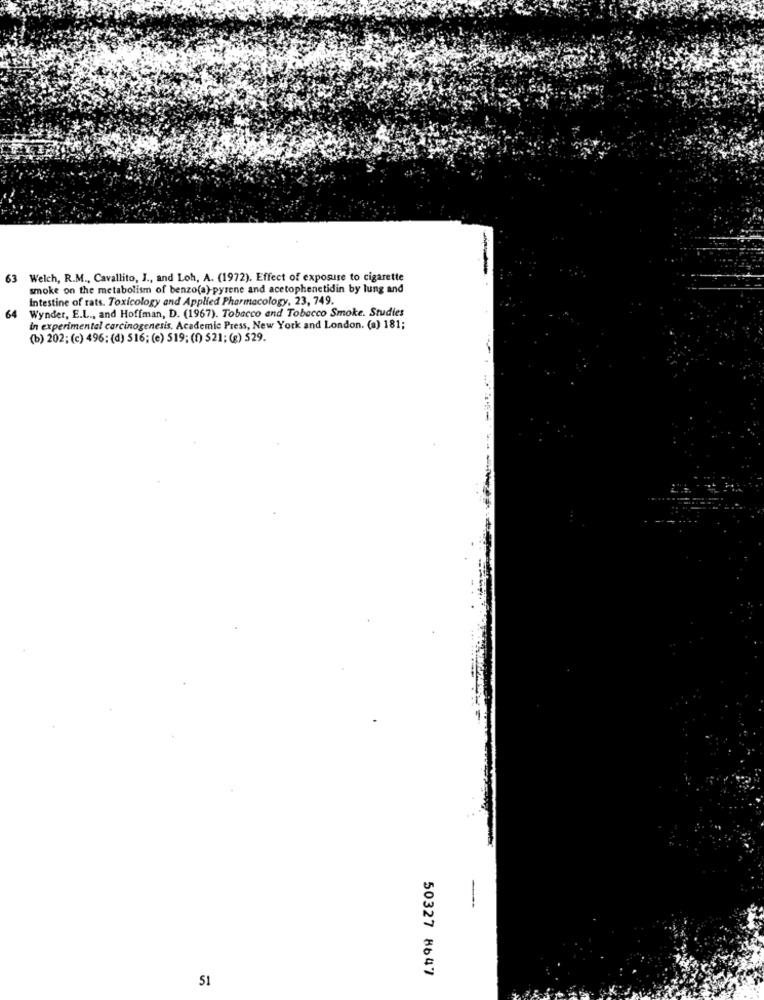
63 Welch, R.M ., Cavallito, J ., and Loh, A. (1972). Effect of exposure to cigarette
smoke on the metabolism of benzo(a)-pyrene and acetophenetidin by lung and
Intestine of rats. Toxicology and Applied Pharmacology, 23, 749.
Wynder, E.L ., and Hoffman, D. (1967). Tobacco and Tobacco Smoke. Studies
64
in experimental carcinogenesis. Academic Press, New York and London. (a) 181;
(b) 202; (c) 496; (d) 516; (e) 519; (f) 521; (g) 529.
50327 8647
51